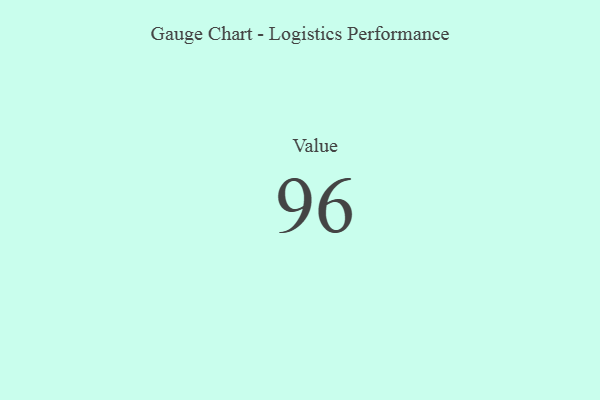
{"axis": {"x": "Metric", "y": "Value"}, "legend": [""], "data": [{"x": "Value", "y": 96, "type": ""}]}